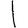
Digit: 1